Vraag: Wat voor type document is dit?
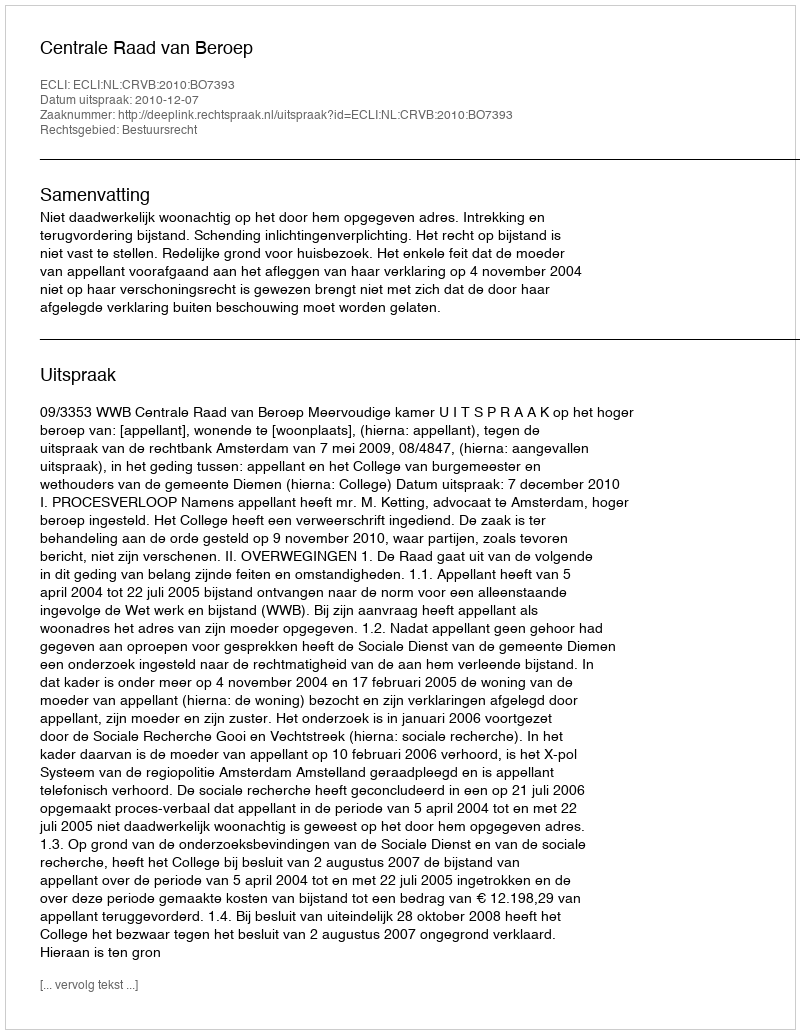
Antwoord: Uitspraak